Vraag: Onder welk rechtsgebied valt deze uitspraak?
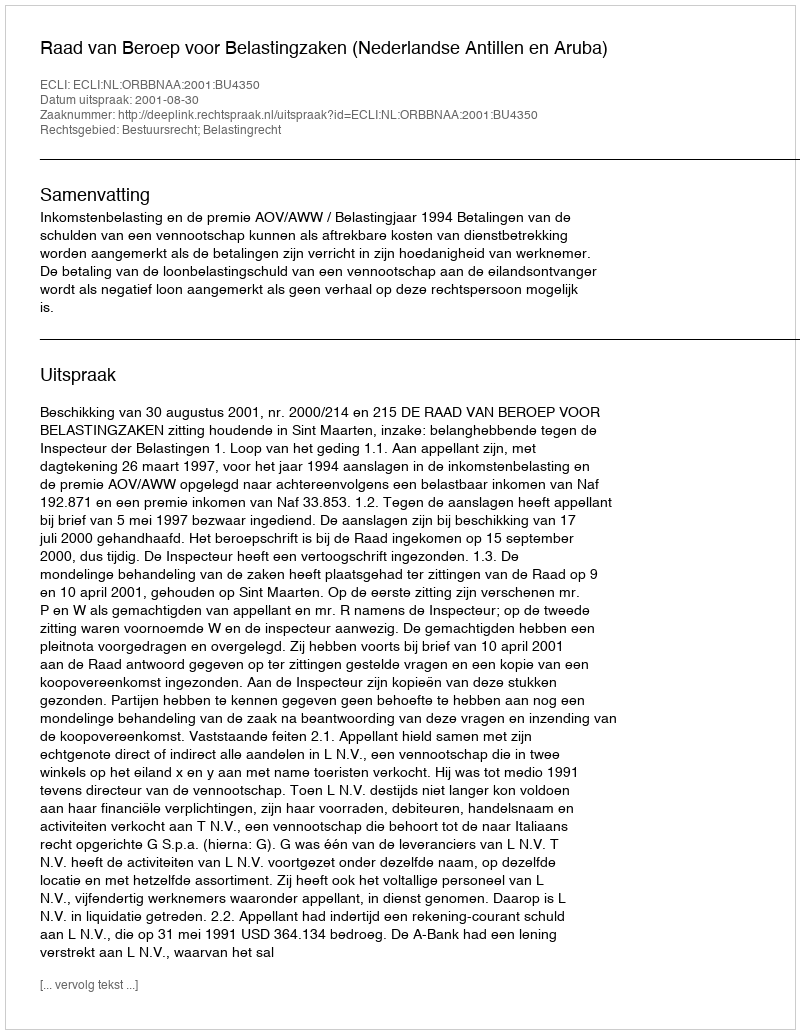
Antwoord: Bestuursrecht; Belastingrecht